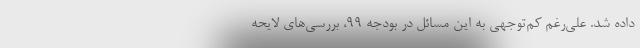
داده شد. علی‌رغم کم‌توجهی به این مسائل در بودجه ۹۹، بررسی‌های لایحه